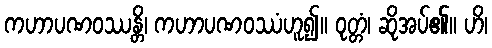
ကဟာပဏဝဿန္တိ၊ ကဟာပဏဝဿံဟူ၍။ ဝုတ္တံ၊ ဆိုအပ်၏။ ဟိ၊